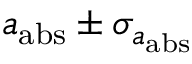
a _ { \mathrm { a b s } } \pm \sigma _ { a _ { \mathrm { a b s } } }